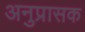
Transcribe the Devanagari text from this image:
अनुप्रासक